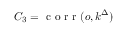
C _ { 3 } = \mathrm { ~ c ~ o ~ r ~ r ~ } ( o , k ^ { \Delta } )